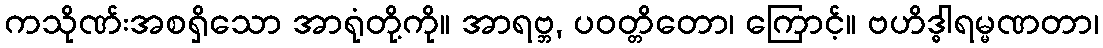
ကသိုဏ်းအစရှိသော အာရုံတို့ကို။ အာရဗ္ဘ, ပဝတ္တိတော၊ ကြောင့်။ ဗဟိဒ္ဓါရမ္မဏတာ၊